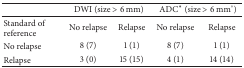
|  | <COLSPAN=2> DWI (size > 6 mm) | <COLSPAN=2> ADC* (size > 6 mm°) |
 | --- | --- | --- | --- | --- |
 | Standard of reference | No relapse | Relapse | No relapse | Relapse |
 | No relapse | 8 (7) | 1 (1) | 8 (7) | 1 (1) |
 | Relapse | 3 (0) | 15 (15) | 4 (1) | 14 (14) |